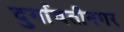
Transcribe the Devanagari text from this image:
दुर्गावतीनगर